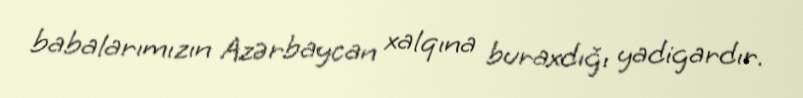
babalarımızın Azərbaycan xalqına buraxdığı yadigardır.